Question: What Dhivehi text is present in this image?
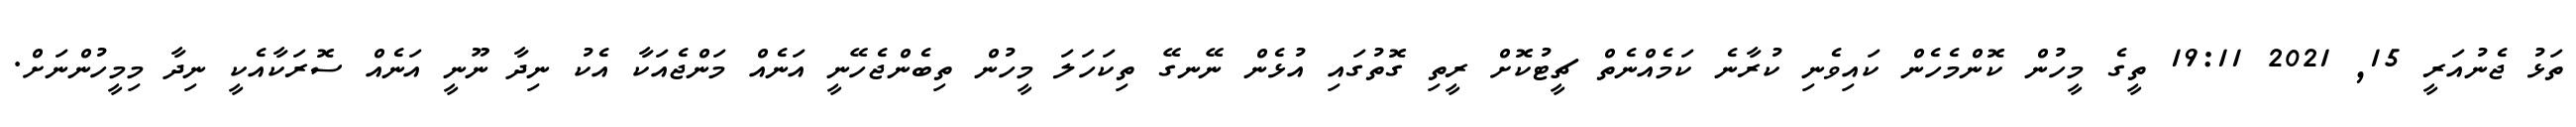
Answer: ތަޅު ޖެނުއަރީ 15, 2021 19:11 ތީގެ މީހުން ކޮންމެހެން ކައިވެނި ކުރާނެ ކަމެއްނެތް ޗީޓުކޮށް ރީތި ގޮތުގައި އުޅެން ނޭނގޭ ތިކަހަލަ މީހުން ތިބެންޖެހޭނީ އަނެއް މަންޖެއަކާ އެކު ނިދާ ނޫނީ އަނެއް ސޮރަކާއެކީ ނިދާ މިމީހުންނަށް.